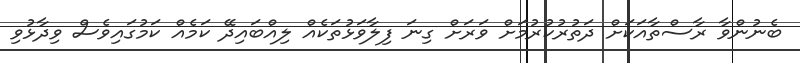
ބެނުންވާ ރާސްތާއަކަށް ދަތުރުކުރުމަށް ވަރަށް ގިނަ ފިލާވަޅުތަކެއް ލިއްބައިދޭ ކަމެއް ކަމުގައިވެސް ވިދާޅުވި